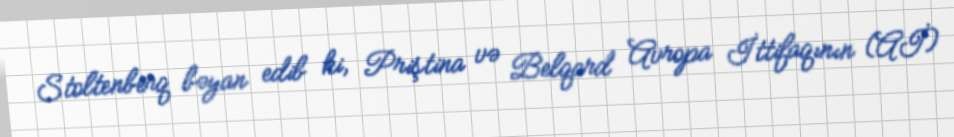
Stoltenberq bəyan edib ki, Priştina və Belqard Avropa İttifaqının (Aİ)